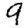
Digit: 9